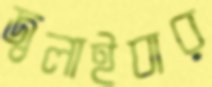
জ্বলাইবার